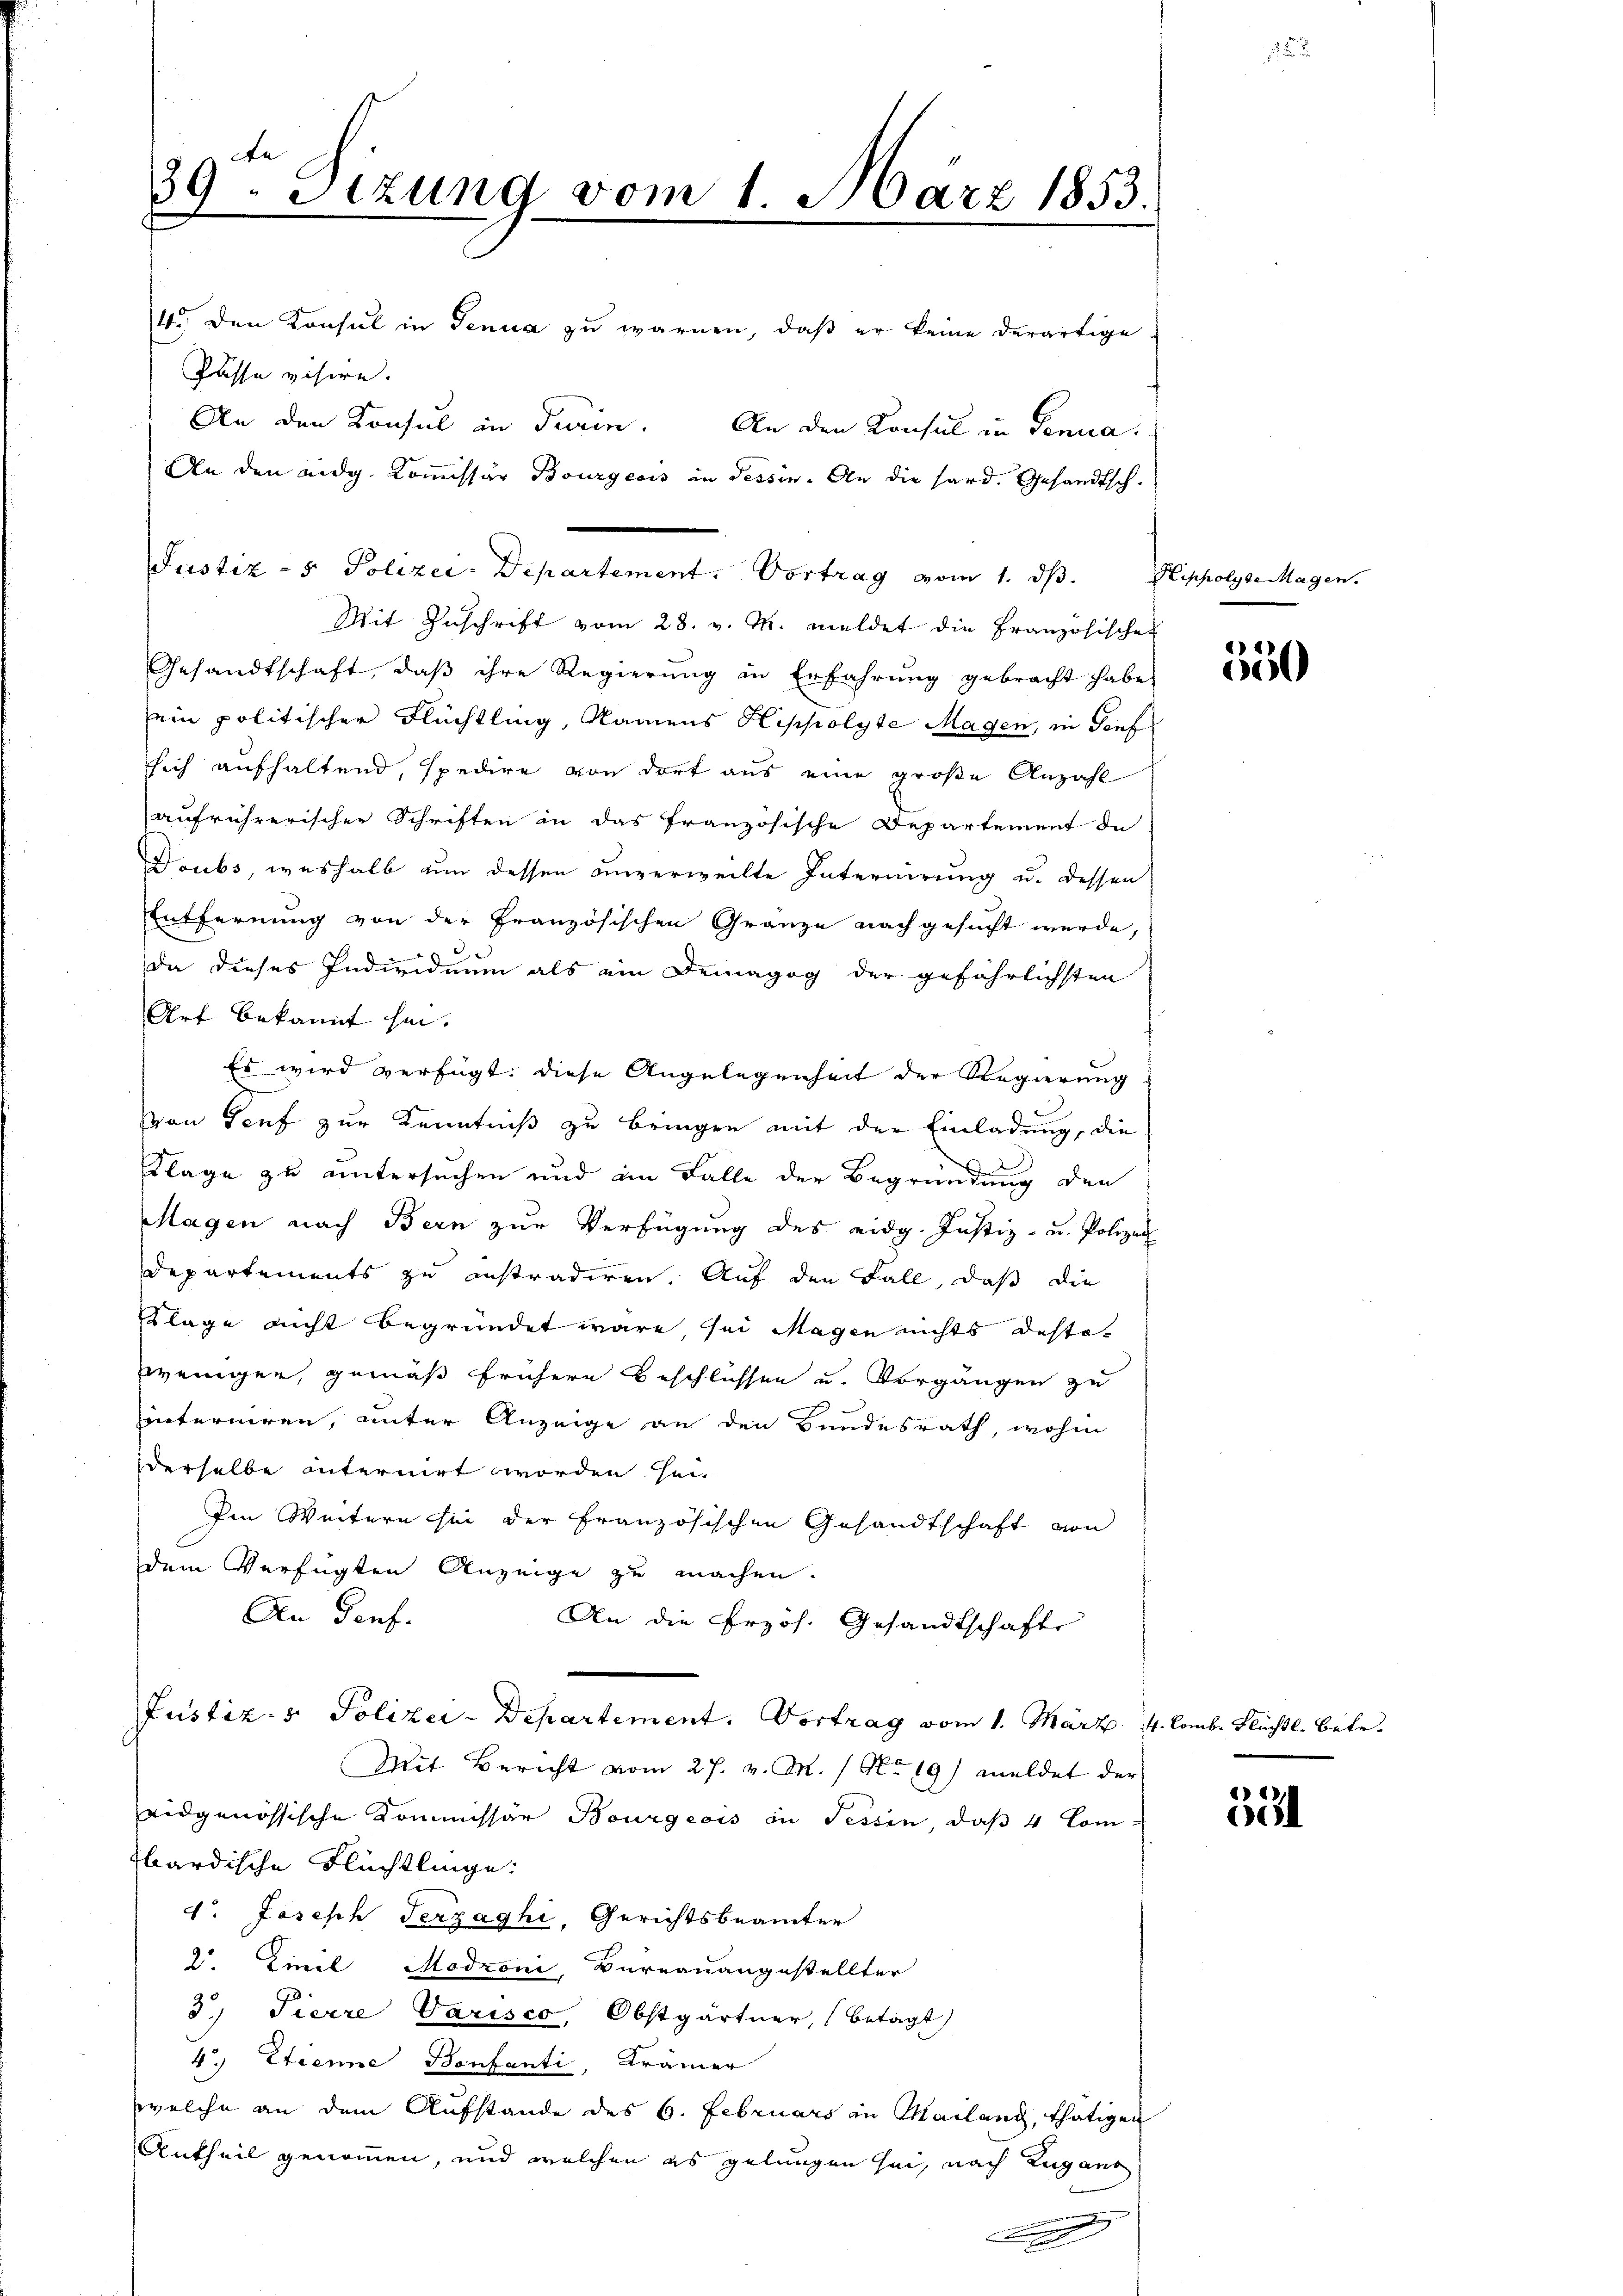
39. Sitzung vom 1. März 1853.
4. Den Konsul in Tenua zu warnen, daß er keine derartige
Passa visire.
An den Konsul in Turin. An den Konsul in Penna.
An den eidg. Kommissär Bourgeois in Tessin. An die hard. Gesandtsch-

Mit Zuschrift vom 28. v. M. meldet die Französischek
Gesandtschaft, daβ ihre Regierŭng in Erfahrung gebracht habe,
sein politischer Flüchtling, Namens Hippolyte Magen, in Tief
ssich aufhaltend, spedire von dort aus eine große Anzahl
aufrührerischer Schriften in das französische Departement de
Doubs, weshalb um dessen unverweilte Internirung u. dessen
Entfernung von der Französischen Gränze nachgesucht wurde,
da dieses Individuum als ein Demagog der gefährlichsten
Art bekannt hin.
Es wird verfügt: diese Angelegenheit der Regierung
von Teuf zur Kenntniß zu bringen mit der Einladung, die
Klage zu untersuchen und im Falle der Begründung den
Magen nach Bern zur Verfügung des eidg. Justiz- u. Polizei
Departements zu instradiren. Auf den Fall, daß die
Klage nicht begründet wäre, sei Magen nichts destowenigen, gemäß frühere Beschlüssen u. Vorgängen zu
Einterniren, unter Anzeige an den Bundesrath, wohin
derselbe internirt worden sei
Im Weitern sei der französischen Gesandtschaft von
dem Verfügten Anzeige zu machen.
An Genf.
An die Przös. Gesandtschafte
Justiz- & Polizei-Departement. Vortrag vom 1. März 4. Comb. Flüchtl. betr.
Mit Bericht vom 27. v. M. / No 19) meldet der
eidgenössische Kommissär Bourgeois in Tessin, daß 4 Combardische Flüchtlinge:
d. Joseph Terzaghi, Gerichtsbeamter
2. Einel Modroni, Bureauangestellter
3.) Tierre Varisco, Obstgärtner, (betagt)
4.) Etienne Bonfanti, Krämer
welche an dem Aufstande des 6. Februars in Mailand, thätigen
Antheil genommen, und welchen es gelungen sei, nach Lugano
|
x

Justiz - 5. Polizei- Departement. Vortrag vom 1. ds. Sipholyse Magen.

550

14.
a